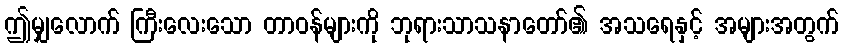
ဤမျှလောက် ကြီးလေးသော တာဝန်များကို ဘုရားသာသနာတော်၏ အသရေနှင့် အများအတွက်